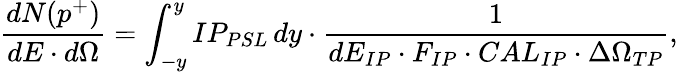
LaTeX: \frac{dN(p^{+})}{dE\cdot d\Omega}=\int_{-y}^{y}{IP_{PSL}\, dy}\cdot\frac{1}{dE_{IP}\cdot F_{IP}\cdot CAL_{IP}\cdot\Delta\Omega_{TP}},